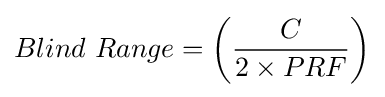
Blind\ Range=\left({\frac {C}{2\times PRF}}\right)